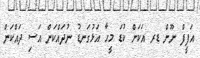
އަފީފް ނޫން ޑރ އަކަށް ކުޑަ މީހާ އަޅުގަނޑު ނުދައްކަން އަސި ދައްކަން